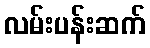
လမ်းပန်းဆက်